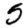
Digit: 5